Document type: Sale
Year: 1461
Scribe: [Unknown]
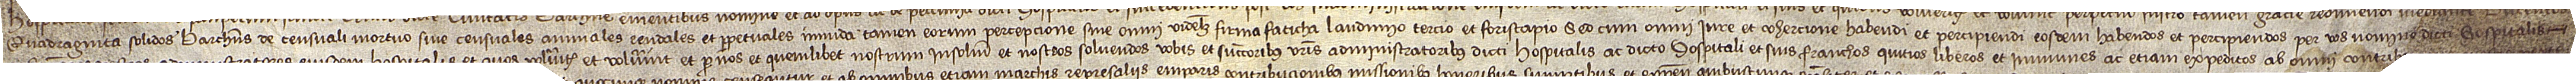
quadraginta solidos barchinonenses de censuali mortuo sive censuales, annuales, rendales et perpetuales innuda tamen eorum percepcione sive omni videlicet firma, faticha, laudimio, tercio et foriscapio, sed cum omni iure et cohercione habendi et percipiendi, eosdem habendos et percipiendos per vos nomine dicti hospitalis